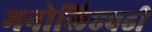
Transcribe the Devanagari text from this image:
मनोलिएवढी